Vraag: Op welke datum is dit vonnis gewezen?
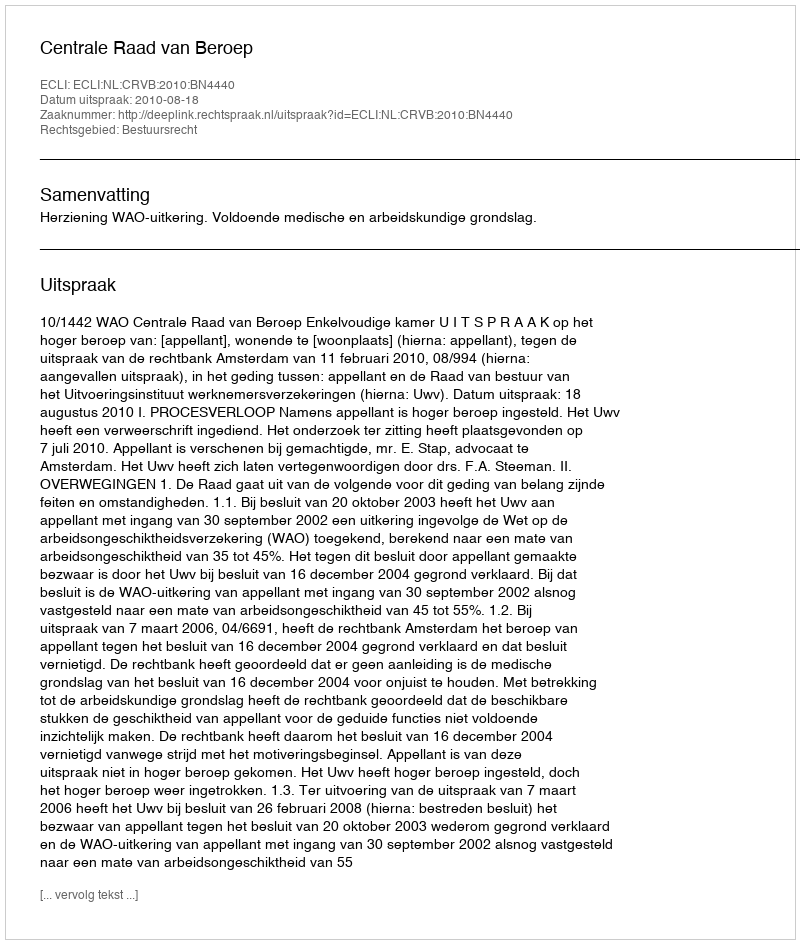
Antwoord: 2010-08-18